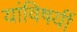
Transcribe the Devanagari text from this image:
यांविषयीं